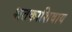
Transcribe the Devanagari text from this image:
शतकाशिवाय